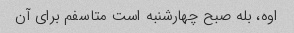
اوه، بله صبح چهارشنبه است متاسفم برای آن